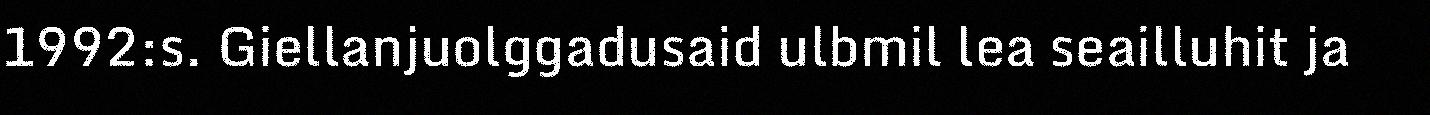
1992:s. Giellanjuolggadusaid ulbmil lea seailluhit ja